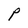
Character: P